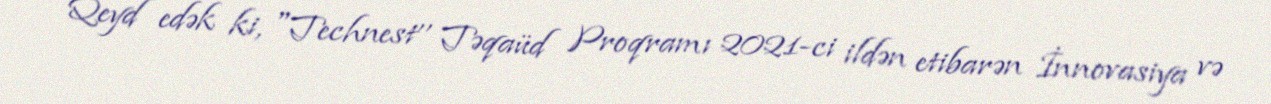
Qeyd edək ki, "Technest’’ Təqaüd Proqramı 2021-ci ildən etibarən İnnovasiya və